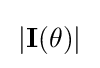
{\textstyle \,\left|\mathbf {I} (\theta )\right|\,}